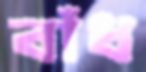
বাঁধ